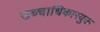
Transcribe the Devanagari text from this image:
उच्चाधिकारयुक्त